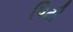
પિટી